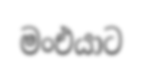
මංඑයාට